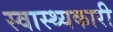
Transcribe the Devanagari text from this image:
स्वास्थ्यकारी